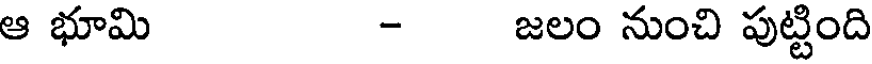
ఆ భూమి - జలం నుంచి పుట్టింది